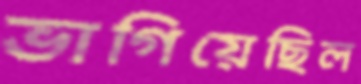
ভাগিয়েছিল